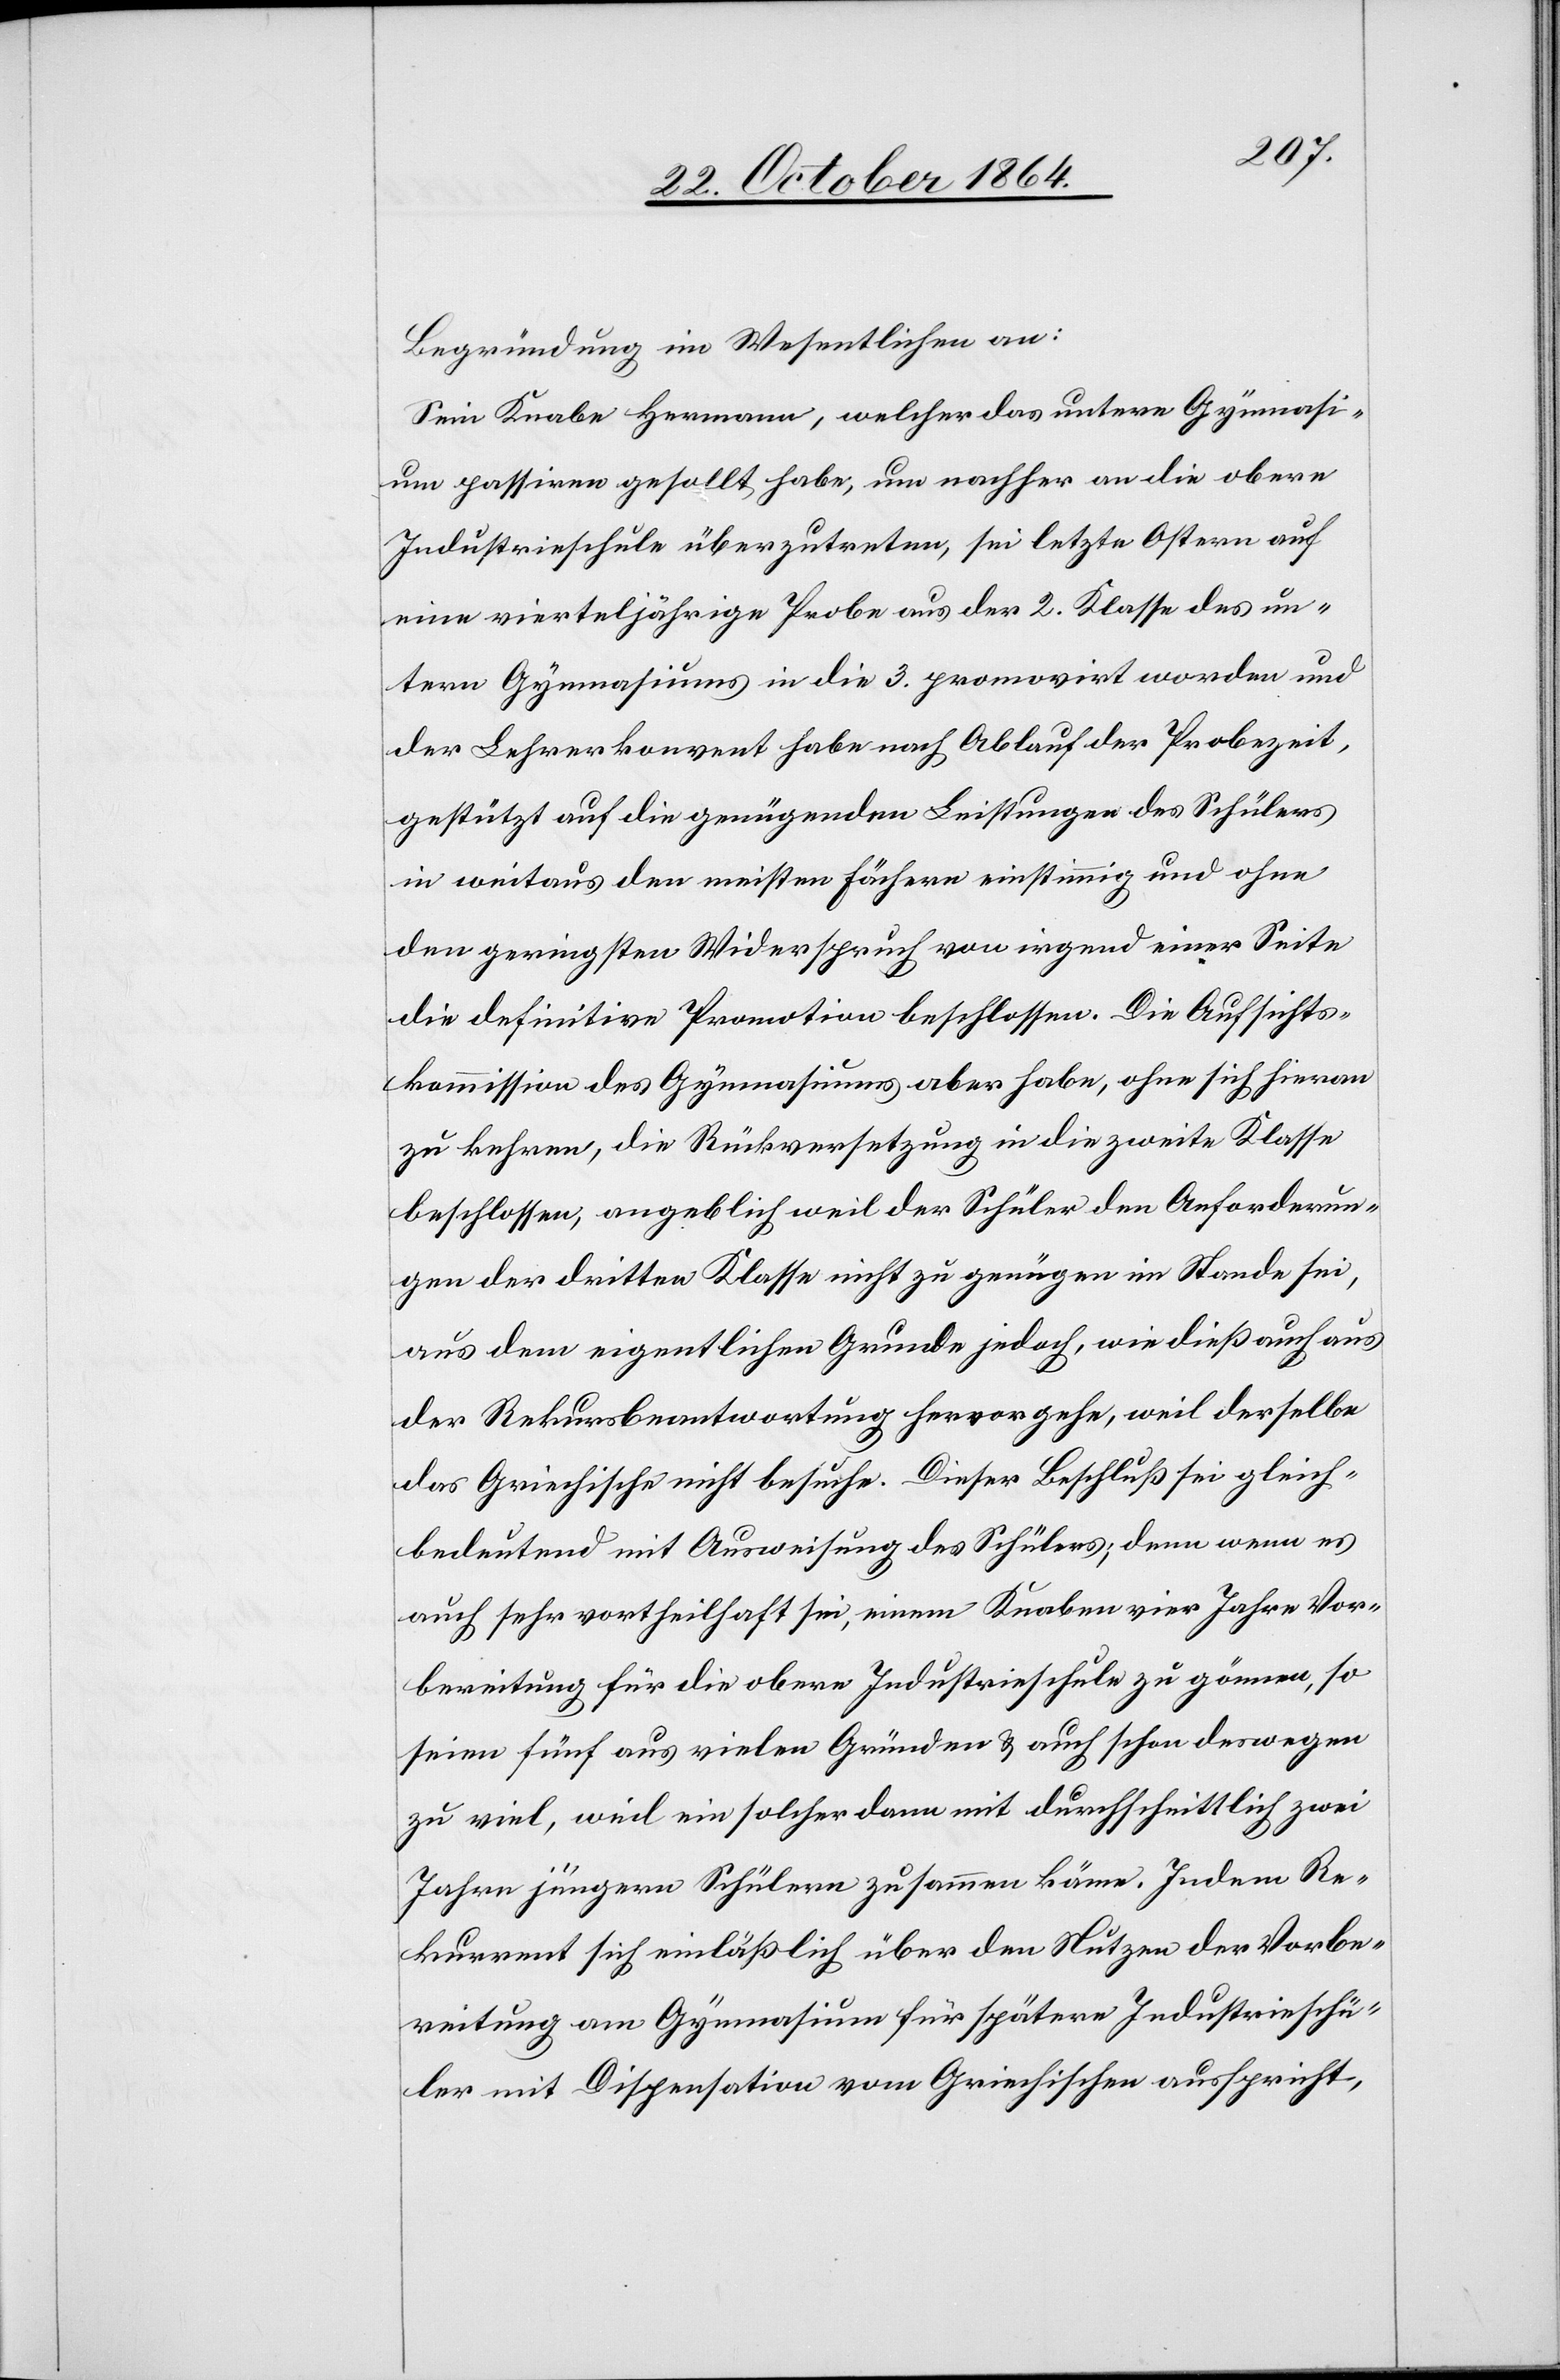
Begründung im Wesentlichen an:
Sein Knabe Hermann, welcher das untere Gymnasi¬
um passiren gesollt habe, um nachher an die obere
Industrieschule überzutreten, sei letzte Ostern auf
eine vierteljährige Probe aus der 2. Klasse des un¬
tern Gymnasiums in die 3. promoviert worden und
der Lehrerkonvent habe nach Ablauf der Probezeit,
gestützt auf die genügenden Leistungen des Schülers
in weitaus den meisten Fächern einstimmig und ohne
den geringsten Widerspruch von irgend einer Seite
die definitive Promotion beschlossen. Die Aufsichts¬
kommission des Gymnasiums aber habe, ohne sich hieran
zu kehren, die Rückversetzung in die zweite Klasse
beschlossen, angeblich weil der Schüler den Anforderun¬
gen der dritten Klasse nicht zu genügen im Stande sei,
aus dem eigentlichen Grunde jedoch, wie dieß auch aus
der Rekursbeantwortung hervorgehe, weil derselbe
das Griechische nicht besuche. Dieser Beschluß sei gleich¬
bedeutend mit Ausweisung des Schülers; denn wenn es
auch sehr vortheilhaft sei, einem Knaben vier Jahre Vor¬
bereitung für die obere Industrieschule zu gönnen, so
seien fünf aus vielen Gründen & auch schon deswegen
zu viel, weil ein solcher dann mit durchschnittlich zwei
Jahre jüngern Schülern zusammen käme. Indem Re¬
kurrent sich einläßlich über den Nutzen der Vorbe¬
reitung am Gymnasium für spätere Industrieschü¬
ler mit Dispensation vom Griechischen ausspricht,